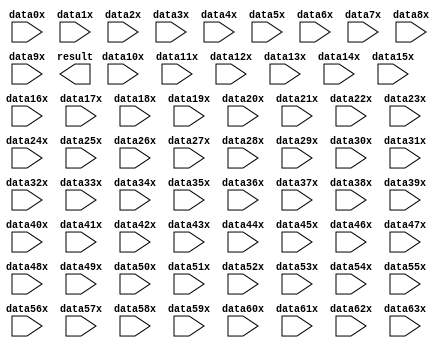
// megafunction wizard: %PARALLEL_ADD%VBB%
// GENERATION: STANDARD
// VERSION: WM1.0
// MODULE: parallel_add 

// ============================================================
// Megafunction Name(s):
// 			parallel_add
//
// Simulation Library Files(s):
// 			altera_mf
// ============================================================
// ************************************************************
// THIS IS A WIZARD-GENERATED FILE. DO NOT EDIT THIS FILE!
//
// 17.1.0 Build 590 10/25/2017 SJ Lite Edition
// ************************************************************

//Copyright (C) 2017  Intel Corporation. All rights reserved.
//Your use of Intel Corporation's design tools, logic functions 
//and other software and tools, and its AMPP partner logic 
//functions, and any output files from any of the foregoing 
//(including device programming or simulation files), and any 
//associated documentation or information are expressly subject 
//to the terms and conditions of the Intel Program License 
//Subscription Agreement, the Intel Quartus Prime License Agreement,
//the Intel FPGA IP License Agreement, or other applicable license
//agreement, including, without limitation, that your use is for
//the sole purpose of programming logic devices manufactured by
//Intel and sold by Intel or its authorized distributors.  Please
//refer to the applicable agreement for further details.

module par_add_6 (
	data0x,
	data10x,
	data11x,
	data12x,
	data13x,
	data14x,
	data15x,
	data16x,
	data17x,
	data18x,
	data19x,
	data1x,
	data20x,
	data21x,
	data22x,
	data23x,
	data24x,
	data25x,
	data26x,
	data27x,
	data28x,
	data29x,
	data2x,
	data30x,
	data31x,
	data32x,
	data33x,
	data34x,
	data35x,
	data36x,
	data37x,
	data38x,
	data39x,
	data3x,
	data40x,
	data41x,
	data42x,
	data43x,
	data44x,
	data45x,
	data46x,
	data47x,
	data48x,
	data49x,
	data4x,
	data50x,
	data51x,
	data52x,
	data53x,
	data54x,
	data55x,
	data56x,
	data57x,
	data58x,
	data59x,
	data5x,
	data60x,
	data61x,
	data62x,
	data63x,
	data6x,
	data7x,
	data8x,
	data9x,
	result);

	input	[31:0]  data0x;
	input	[31:0]  data10x;
	input	[31:0]  data11x;
	input	[31:0]  data12x;
	input	[31:0]  data13x;
	input	[31:0]  data14x;
	input	[31:0]  data15x;
	input	[31:0]  data16x;
	input	[31:0]  data17x;
	input	[31:0]  data18x;
	input	[31:0]  data19x;
	input	[31:0]  data1x;
	input	[31:0]  data20x;
	input	[31:0]  data21x;
	input	[31:0]  data22x;
	input	[31:0]  data23x;
	input	[31:0]  data24x;
	input	[31:0]  data25x;
	input	[31:0]  data26x;
	input	[31:0]  data27x;
	input	[31:0]  data28x;
	input	[31:0]  data29x;
	input	[31:0]  data2x;
	input	[31:0]  data30x;
	input	[31:0]  data31x;
	input	[31:0]  data32x;
	input	[31:0]  data33x;
	input	[31:0]  data34x;
	input	[31:0]  data35x;
	input	[31:0]  data36x;
	input	[31:0]  data37x;
	input	[31:0]  data38x;
	input	[31:0]  data39x;
	input	[31:0]  data3x;
	input	[31:0]  data40x;
	input	[31:0]  data41x;
	input	[31:0]  data42x;
	input	[31:0]  data43x;
	input	[31:0]  data44x;
	input	[31:0]  data45x;
	input	[31:0]  data46x;
	input	[31:0]  data47x;
	input	[31:0]  data48x;
	input	[31:0]  data49x;
	input	[31:0]  data4x;
	input	[31:0]  data50x;
	input	[31:0]  data51x;
	input	[31:0]  data52x;
	input	[31:0]  data53x;
	input	[31:0]  data54x;
	input	[31:0]  data55x;
	input	[31:0]  data56x;
	input	[31:0]  data57x;
	input	[31:0]  data58x;
	input	[31:0]  data59x;
	input	[31:0]  data5x;
	input	[31:0]  data60x;
	input	[31:0]  data61x;
	input	[31:0]  data62x;
	input	[31:0]  data63x;
	input	[31:0]  data6x;
	input	[31:0]  data7x;
	input	[31:0]  data8x;
	input	[31:0]  data9x;
	output	[31:0]  result;

endmodule

// ============================================================
// CNX file retrieval info
// ============================================================
// Retrieval info: PRIVATE: INTENDED_DEVICE_FAMILY STRING "Cyclone IV E"
// Retrieval info: PRIVATE: SYNTH_WRAPPER_GEN_POSTFIX STRING "0"
// Retrieval info: LIBRARY: altera_mf altera_mf.altera_mf_components.all
// Retrieval info: CONSTANT: MSW_SUBTRACT STRING "NO"
// Retrieval info: CONSTANT: PIPELINE NUMERIC "0"
// Retrieval info: CONSTANT: REPRESENTATION STRING "UNSIGNED"
// Retrieval info: CONSTANT: RESULT_ALIGNMENT STRING "LSB"
// Retrieval info: CONSTANT: SHIFT NUMERIC "0"
// Retrieval info: CONSTANT: SIZE NUMERIC "64"
// Retrieval info: CONSTANT: WIDTH NUMERIC "32"
// Retrieval info: CONSTANT: WIDTHR NUMERIC "32"
// Retrieval info: USED_PORT: data0x 0 0 32 0 INPUT NODEFVAL "data0x[31..0]"
// Retrieval info: USED_PORT: data10x 0 0 32 0 INPUT NODEFVAL "data10x[31..0]"
// Retrieval info: USED_PORT: data11x 0 0 32 0 INPUT NODEFVAL "data11x[31..0]"
// Retrieval info: USED_PORT: data12x 0 0 32 0 INPUT NODEFVAL "data12x[31..0]"
// Retrieval info: USED_PORT: data13x 0 0 32 0 INPUT NODEFVAL "data13x[31..0]"
// Retrieval info: USED_PORT: data14x 0 0 32 0 INPUT NODEFVAL "data14x[31..0]"
// Retrieval info: USED_PORT: data15x 0 0 32 0 INPUT NODEFVAL "data15x[31..0]"
// Retrieval info: USED_PORT: data16x 0 0 32 0 INPUT NODEFVAL "data16x[31..0]"
// Retrieval info: USED_PORT: data17x 0 0 32 0 INPUT NODEFVAL "data17x[31..0]"
// Retrieval info: USED_PORT: data18x 0 0 32 0 INPUT NODEFVAL "data18x[31..0]"
// Retrieval info: USED_PORT: data19x 0 0 32 0 INPUT NODEFVAL "data19x[31..0]"
// Retrieval info: USED_PORT: data1x 0 0 32 0 INPUT NODEFVAL "data1x[31..0]"
// Retrieval info: USED_PORT: data20x 0 0 32 0 INPUT NODEFVAL "data20x[31..0]"
// Retrieval info: USED_PORT: data21x 0 0 32 0 INPUT NODEFVAL "data21x[31..0]"
// Retrieval info: USED_PORT: data22x 0 0 32 0 INPUT NODEFVAL "data22x[31..0]"
// Retrieval info: USED_PORT: data23x 0 0 32 0 INPUT NODEFVAL "data23x[31..0]"
// Retrieval info: USED_PORT: data24x 0 0 32 0 INPUT NODEFVAL "data24x[31..0]"
// Retrieval info: USED_PORT: data25x 0 0 32 0 INPUT NODEFVAL "data25x[31..0]"
// Retrieval info: USED_PORT: data26x 0 0 32 0 INPUT NODEFVAL "data26x[31..0]"
// Retrieval info: USED_PORT: data27x 0 0 32 0 INPUT NODEFVAL "data27x[31..0]"
// Retrieval info: USED_PORT: data28x 0 0 32 0 INPUT NODEFVAL "data28x[31..0]"
// Retrieval info: USED_PORT: data29x 0 0 32 0 INPUT NODEFVAL "data29x[31..0]"
// Retrieval info: USED_PORT: data2x 0 0 32 0 INPUT NODEFVAL "data2x[31..0]"
// Retrieval info: USED_PORT: data30x 0 0 32 0 INPUT NODEFVAL "data30x[31..0]"
// Retrieval info: USED_PORT: data31x 0 0 32 0 INPUT NODEFVAL "data31x[31..0]"
// Retrieval info: USED_PORT: data32x 0 0 32 0 INPUT NODEFVAL "data32x[31..0]"
// Retrieval info: USED_PORT: data33x 0 0 32 0 INPUT NODEFVAL "data33x[31..0]"
// Retrieval info: USED_PORT: data34x 0 0 32 0 INPUT NODEFVAL "data34x[31..0]"
// Retrieval info: USED_PORT: data35x 0 0 32 0 INPUT NODEFVAL "data35x[31..0]"
// Retrieval info: USED_PORT: data36x 0 0 32 0 INPUT NODEFVAL "data36x[31..0]"
// Retrieval info: USED_PORT: data37x 0 0 32 0 INPUT NODEFVAL "data37x[31..0]"
// Retrieval info: USED_PORT: data38x 0 0 32 0 INPUT NODEFVAL "data38x[31..0]"
// Retrieval info: USED_PORT: data39x 0 0 32 0 INPUT NODEFVAL "data39x[31..0]"
// Retrieval info: USED_PORT: data3x 0 0 32 0 INPUT NODEFVAL "data3x[31..0]"
// Retrieval info: USED_PORT: data40x 0 0 32 0 INPUT NODEFVAL "data40x[31..0]"
// Retrieval info: USED_PORT: data41x 0 0 32 0 INPUT NODEFVAL "data41x[31..0]"
// Retrieval info: USED_PORT: data42x 0 0 32 0 INPUT NODEFVAL "data42x[31..0]"
// Retrieval info: USED_PORT: data43x 0 0 32 0 INPUT NODEFVAL "data43x[31..0]"
// Retrieval info: USED_PORT: data44x 0 0 32 0 INPUT NODEFVAL "data44x[31..0]"
// Retrieval info: USED_PORT: data45x 0 0 32 0 INPUT NODEFVAL "data45x[31..0]"
// Retrieval info: USED_PORT: data46x 0 0 32 0 INPUT NODEFVAL "data46x[31..0]"
// Retrieval info: USED_PORT: data47x 0 0 32 0 INPUT NODEFVAL "data47x[31..0]"
// Retrieval info: USED_PORT: data48x 0 0 32 0 INPUT NODEFVAL "data48x[31..0]"
// Retrieval info: USED_PORT: data49x 0 0 32 0 INPUT NODEFVAL "data49x[31..0]"
// Retrieval info: USED_PORT: data4x 0 0 32 0 INPUT NODEFVAL "data4x[31..0]"
// Retrieval info: USED_PORT: data50x 0 0 32 0 INPUT NODEFVAL "data50x[31..0]"
// Retrieval info: USED_PORT: data51x 0 0 32 0 INPUT NODEFVAL "data51x[31..0]"
// Retrieval info: USED_PORT: data52x 0 0 32 0 INPUT NODEFVAL "data52x[31..0]"
// Retrieval info: USED_PORT: data53x 0 0 32 0 INPUT NODEFVAL "data53x[31..0]"
// Retrieval info: USED_PORT: data54x 0 0 32 0 INPUT NODEFVAL "data54x[31..0]"
// Retrieval info: USED_PORT: data55x 0 0 32 0 INPUT NODEFVAL "data55x[31..0]"
// Retrieval info: USED_PORT: data56x 0 0 32 0 INPUT NODEFVAL "data56x[31..0]"
// Retrieval info: USED_PORT: data57x 0 0 32 0 INPUT NODEFVAL "data57x[31..0]"
// Retrieval info: USED_PORT: data58x 0 0 32 0 INPUT NODEFVAL "data58x[31..0]"
// Retrieval info: USED_PORT: data59x 0 0 32 0 INPUT NODEFVAL "data59x[31..0]"
// Retrieval info: USED_PORT: data5x 0 0 32 0 INPUT NODEFVAL "data5x[31..0]"
// Retrieval info: USED_PORT: data60x 0 0 32 0 INPUT NODEFVAL "data60x[31..0]"
// Retrieval info: USED_PORT: data61x 0 0 32 0 INPUT NODEFVAL "data61x[31..0]"
// Retrieval info: USED_PORT: data62x 0 0 32 0 INPUT NODEFVAL "data62x[31..0]"
// Retrieval info: USED_PORT: data63x 0 0 32 0 INPUT NODEFVAL "data63x[31..0]"
// Retrieval info: USED_PORT: data6x 0 0 32 0 INPUT NODEFVAL "data6x[31..0]"
// Retrieval info: USED_PORT: data7x 0 0 32 0 INPUT NODEFVAL "data7x[31..0]"
// Retrieval info: USED_PORT: data8x 0 0 32 0 INPUT NODEFVAL "data8x[31..0]"
// Retrieval info: USED_PORT: data9x 0 0 32 0 INPUT NODEFVAL "data9x[31..0]"
// Retrieval info: USED_PORT: result 0 0 32 0 OUTPUT NODEFVAL "result[31..0]"
// Retrieval info: CONNECT: @data 0 0 32 0 data0x 0 0 32 0
// Retrieval info: CONNECT: @data 0 0 32 320 data10x 0 0 32 0
// Retrieval info: CONNECT: @data 0 0 32 352 data11x 0 0 32 0
// Retrieval info: CONNECT: @data 0 0 32 384 data12x 0 0 32 0
// Retrieval info: CONNECT: @data 0 0 32 416 data13x 0 0 32 0
// Retrieval info: CONNECT: @data 0 0 32 448 data14x 0 0 32 0
// Retrieval info: CONNECT: @data 0 0 32 480 data15x 0 0 32 0
// Retrieval info: CONNECT: @data 0 0 32 512 data16x 0 0 32 0
// Retrieval info: CONNECT: @data 0 0 32 544 data17x 0 0 32 0
// Retrieval info: CONNECT: @data 0 0 32 576 data18x 0 0 32 0
// Retrieval info: CONNECT: @data 0 0 32 608 data19x 0 0 32 0
// Retrieval info: CONNECT: @data 0 0 32 32 data1x 0 0 32 0
// Retrieval info: CONNECT: @data 0 0 32 640 data20x 0 0 32 0
// Retrieval info: CONNECT: @data 0 0 32 672 data21x 0 0 32 0
// Retrieval info: CONNECT: @data 0 0 32 704 data22x 0 0 32 0
// Retrieval info: CONNECT: @data 0 0 32 736 data23x 0 0 32 0
// Retrieval info: CONNECT: @data 0 0 32 768 data24x 0 0 32 0
// Retrieval info: CONNECT: @data 0 0 32 800 data25x 0 0 32 0
// Retrieval info: CONNECT: @data 0 0 32 832 data26x 0 0 32 0
// Retrieval info: CONNECT: @data 0 0 32 864 data27x 0 0 32 0
// Retrieval info: CONNECT: @data 0 0 32 896 data28x 0 0 32 0
// Retrieval info: CONNECT: @data 0 0 32 928 data29x 0 0 32 0
// Retrieval info: CONNECT: @data 0 0 32 64 data2x 0 0 32 0
// Retrieval info: CONNECT: @data 0 0 32 960 data30x 0 0 32 0
// Retrieval info: CONNECT: @data 0 0 32 992 data31x 0 0 32 0
// Retrieval info: CONNECT: @data 0 0 32 1024 data32x 0 0 32 0
// Retrieval info: CONNECT: @data 0 0 32 1056 data33x 0 0 32 0
// Retrieval info: CONNECT: @data 0 0 32 1088 data34x 0 0 32 0
// Retrieval info: CONNECT: @data 0 0 32 1120 data35x 0 0 32 0
// Retrieval info: CONNECT: @data 0 0 32 1152 data36x 0 0 32 0
// Retrieval info: CONNECT: @data 0 0 32 1184 data37x 0 0 32 0
// Retrieval info: CONNECT: @data 0 0 32 1216 data38x 0 0 32 0
// Retrieval info: CONNECT: @data 0 0 32 1248 data39x 0 0 32 0
// Retrieval info: CONNECT: @data 0 0 32 96 data3x 0 0 32 0
// Retrieval info: CONNECT: @data 0 0 32 1280 data40x 0 0 32 0
// Retrieval info: CONNECT: @data 0 0 32 1312 data41x 0 0 32 0
// Retrieval info: CONNECT: @data 0 0 32 1344 data42x 0 0 32 0
// Retrieval info: CONNECT: @data 0 0 32 1376 data43x 0 0 32 0
// Retrieval info: CONNECT: @data 0 0 32 1408 data44x 0 0 32 0
// Retrieval info: CONNECT: @data 0 0 32 1440 data45x 0 0 32 0
// Retrieval info: CONNECT: @data 0 0 32 1472 data46x 0 0 32 0
// Retrieval info: CONNECT: @data 0 0 32 1504 data47x 0 0 32 0
// Retrieval info: CONNECT: @data 0 0 32 1536 data48x 0 0 32 0
// Retrieval info: CONNECT: @data 0 0 32 1568 data49x 0 0 32 0
// Retrieval info: CONNECT: @data 0 0 32 128 data4x 0 0 32 0
// Retrieval info: CONNECT: @data 0 0 32 1600 data50x 0 0 32 0
// Retrieval info: CONNECT: @data 0 0 32 1632 data51x 0 0 32 0
// Retrieval info: CONNECT: @data 0 0 32 1664 data52x 0 0 32 0
// Retrieval info: CONNECT: @data 0 0 32 1696 data53x 0 0 32 0
// Retrieval info: CONNECT: @data 0 0 32 1728 data54x 0 0 32 0
// Retrieval info: CONNECT: @data 0 0 32 1760 data55x 0 0 32 0
// Retrieval info: CONNECT: @data 0 0 32 1792 data56x 0 0 32 0
// Retrieval info: CONNECT: @data 0 0 32 1824 data57x 0 0 32 0
// Retrieval info: CONNECT: @data 0 0 32 1856 data58x 0 0 32 0
// Retrieval info: CONNECT: @data 0 0 32 1888 data59x 0 0 32 0
// Retrieval info: CONNECT: @data 0 0 32 160 data5x 0 0 32 0
// Retrieval info: CONNECT: @data 0 0 32 1920 data60x 0 0 32 0
// Retrieval info: CONNECT: @data 0 0 32 1952 data61x 0 0 32 0
// Retrieval info: CONNECT: @data 0 0 32 1984 data62x 0 0 32 0
// Retrieval info: CONNECT: @data 0 0 32 2016 data63x 0 0 32 0
// Retrieval info: CONNECT: @data 0 0 32 192 data6x 0 0 32 0
// Retrieval info: CONNECT: @data 0 0 32 224 data7x 0 0 32 0
// Retrieval info: CONNECT: @data 0 0 32 256 data8x 0 0 32 0
// Retrieval info: CONNECT: @data 0 0 32 288 data9x 0 0 32 0
// Retrieval info: CONNECT: result 0 0 32 0 @result 0 0 32 0
// Retrieval info: GEN_FILE: TYPE_NORMAL par_add_6.v TRUE
// Retrieval info: GEN_FILE: TYPE_NORMAL par_add_6.inc FALSE
// Retrieval info: GEN_FILE: TYPE_NORMAL par_add_6.cmp FALSE
// Retrieval info: GEN_FILE: TYPE_NORMAL par_add_6.bsf FALSE
// Retrieval info: GEN_FILE: TYPE_NORMAL par_add_6_inst.v TRUE
// Retrieval info: GEN_FILE: TYPE_NORMAL par_add_6_bb.v TRUE
// Retrieval info: LIB_FILE: altera_mf